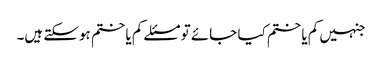
جنہیں کم یا ختم کیا جائے تو مسئلے کم یا ختم ہوسکتے ہیں۔